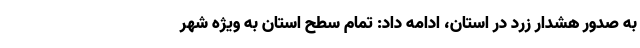
به صدور هشدار زرد در استان، ادامه داد: تمام سطح استان به ویژه شهر